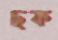
ছক